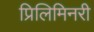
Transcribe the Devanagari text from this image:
प्रिलिमिनरी